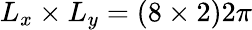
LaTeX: L_{x}\times L_{y}=(8\times 2)2\pi